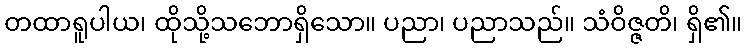
တထာရူပါယ၊ ထိုသို့သဘောရှိသော။ ပညာ၊ ပညာသည်။ သံဝိဇ္ဇတိ၊ ရှိ၏။